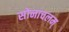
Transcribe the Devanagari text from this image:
सोनाचलम्